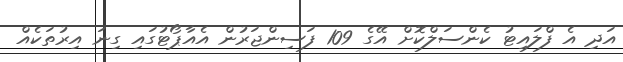
އަދި އެ ފްލައިޓު ކެންސަލްކޮށް އޭގެ 109 ފަސިންޖަރުން އެއާޕޯޓުގައި ގިނަ އިރުތަކެއް